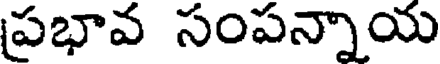
ప్రభావ సంపన్నాయ